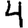
Digit: 4